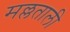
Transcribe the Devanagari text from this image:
मल्लताली